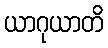
ယာဂုယာတိ